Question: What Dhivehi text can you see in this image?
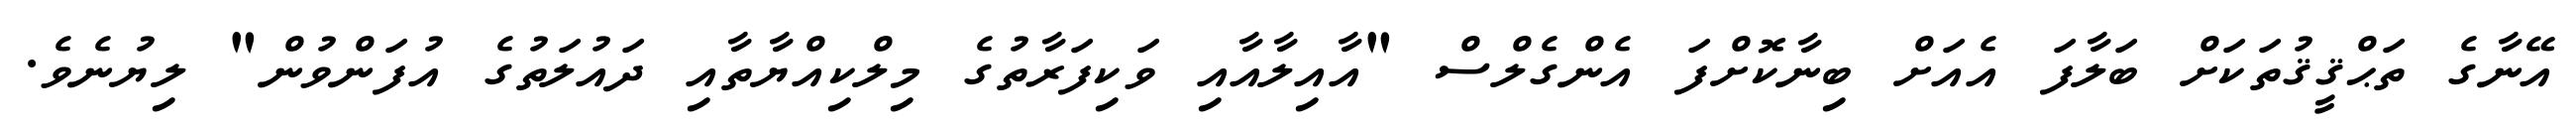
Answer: އޭނާގެ ތަޙްޤީޤުތަކަށް ބަލާފަ އެއަށް ބިނާކޮށްފަ އެންގެލްސް "އާއިލާއާއި ވަކިފަރާތުގެ މިލްކިއްޔާތާއި ދައުލަތުގެ އުފަންވުން" ލިޔުނެވެ.